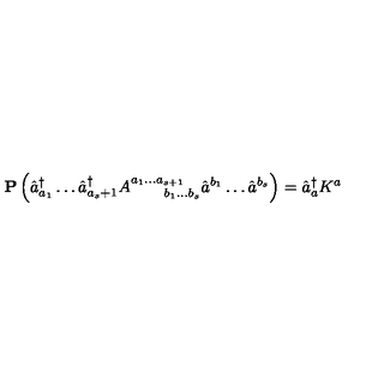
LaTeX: { \bf P } \left( \hat { a } _ { a _ { 1 } } ^ { \dagger } \ldots \hat { a } _ { a _ { s } + 1 } ^ { \dagger } A _ { \quad \quad b _ { 1 } \ldots b _ { s } } ^ { a _ { 1 } \ldots a _ { s + 1 } } \hat { a } ^ { b _ { 1 } } \ldots \hat { a } ^ { b _ { s } } \right) = \hat { a } _ { a } ^ { \dagger } K ^ { a }